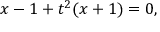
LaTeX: x - 1 + t ^ { 2 } ( x + 1 ) = 0 ,